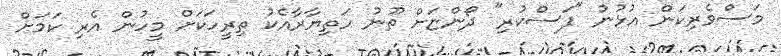
މަސްވެރިކަން އުޅުނު "ފަސްކުރި" ދޯންޏަށް ތޫނު ހަތިޔާރާއެކު ތިރީހަކަށް މީހުން އެރި ކަމަށް